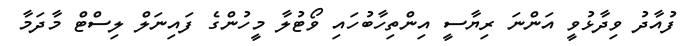
ފުއާދު ވިދާޅުވީ އަންނަ ރިޔާސީ އިންތިހާބުހައި ވޯޓުލާ މީހުންގެ ފައިނަލް ލިސްޓް މާދަމާ